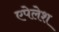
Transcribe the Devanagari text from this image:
एपेलेश